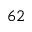
^ { 6 2 }